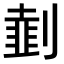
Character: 𠟜